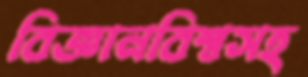
বিজ্ঞানবিশ্বসহ